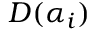
D ( \alpha _ { i } )